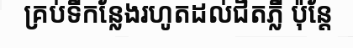
គ្រប់ទីកន្លែងរហូតដល់ជិតភ្លឺ ប៉ុន្តែ